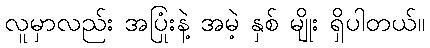
လူမှာလည်း အပြုံးနဲ့ အမဲ့ နှစ် မျိုး ရှိပါတယ်။